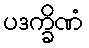
ပဒက္ခိဏံ